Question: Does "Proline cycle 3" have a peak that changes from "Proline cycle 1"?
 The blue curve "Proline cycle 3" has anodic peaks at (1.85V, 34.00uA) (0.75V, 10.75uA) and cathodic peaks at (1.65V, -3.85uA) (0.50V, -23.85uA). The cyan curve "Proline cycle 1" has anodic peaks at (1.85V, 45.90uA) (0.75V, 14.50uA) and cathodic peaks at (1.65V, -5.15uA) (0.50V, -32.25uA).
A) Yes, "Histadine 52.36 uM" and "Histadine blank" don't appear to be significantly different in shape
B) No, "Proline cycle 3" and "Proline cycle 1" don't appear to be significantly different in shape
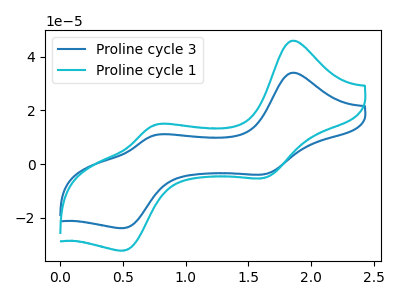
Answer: <think>All the peaks in "Proline cycle 3" have a peak in "Proline cycle 1" at the same potential. Every peak in "Proline cycle 3" is lower than every peak in "Proline cycle 1".
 </think>
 <answer>B) No, "Proline cycle 3" and "Proline cycle 1" don't appear to be significantly different in shape</answer>
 <eval>B</eval>